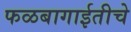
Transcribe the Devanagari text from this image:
फळबागाईतीचे